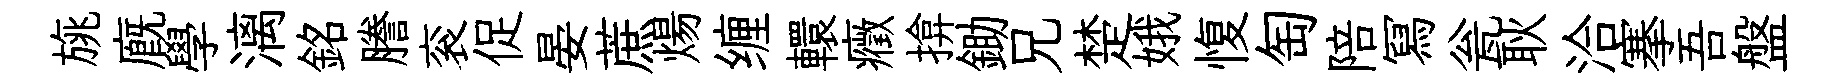
旐廐學漓銘謄衮促晏蔗煬缠轘癥揜鋤兄楚娥愎匋陪冩瓮耿洽搴吾盤